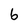
Character: 6